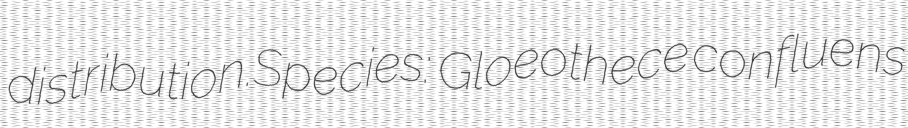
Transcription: distribution.Species:  Gloeothece confluens